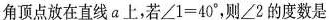
角顶点放在直线a上，若$$\angle1=40^{\circ}$$，则\angle2的度数是